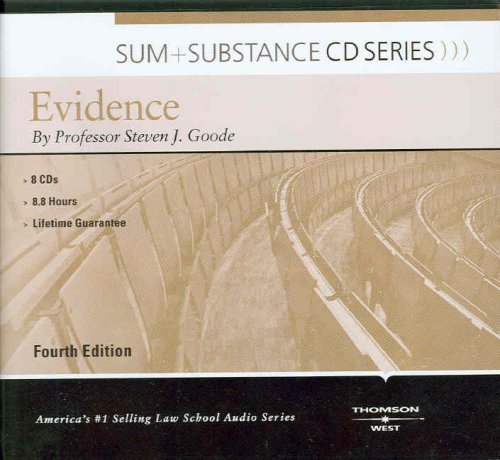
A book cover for Sum and Substance Audio on Evidence; Steven Goode; Law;